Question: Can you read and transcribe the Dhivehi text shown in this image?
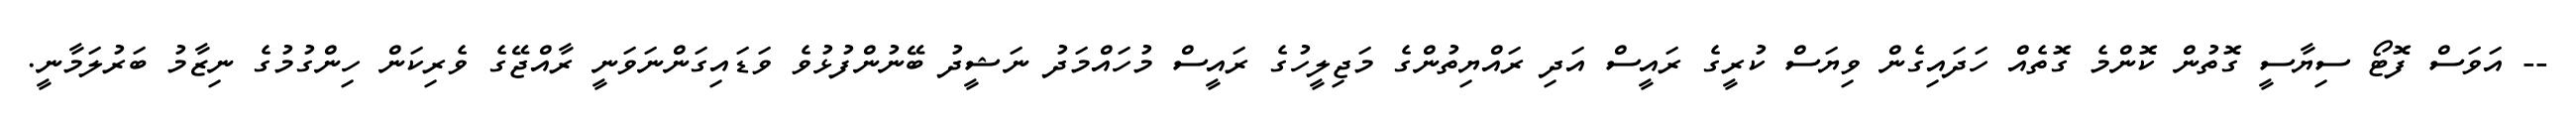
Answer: -- އަވަސް ފޮޓޯ ސިޔާސީ ގޮތުން ކޮންމެ ގޮތެއް ހަދައިގެން ވިޔަސް ކުރީގެ ރައީސް އަދި ރައްޔިތުންގެ މަޖިލީހުގެ ރައީސް މުހައްމަދު ނަޝީދު ބޭނުންފުޅުވެ ވަޑައިގަންނަވަނީ ރާއްޖޭގެ ވެރިކަން ހިންގުމުގެ ނިޒާމު ބަރުލަމާނީ.